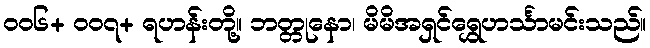
၀၀၆+ ၀၀၇+ ရဟန်းတို့။ ဘတ္တုနော၊ မိမိအရှင်ရွှေဟင်္သာမင်းသည်။